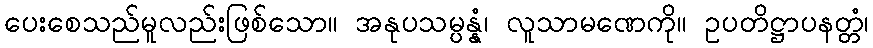
ပေးစေသည်မူလည်းဖြစ်သော။ အနုပသမ္ပန္နံ၊ လူသာမဏေကို။ ဥပတိဋ္ဌာပနတ္တံ၊